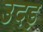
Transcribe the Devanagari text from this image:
उदड़